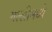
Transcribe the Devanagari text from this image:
गल्लीमध्ये